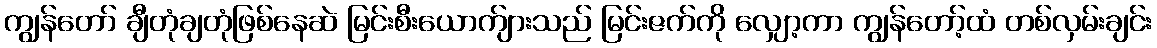
ကျွန်တော် ချီတုံချတုံဖြစ်နေဆဲ မြင်းစီးယောက်ျားသည် မြင်းဇက်ကို လျှော့ကာ ကျွန်တော့်ထံ တစ်လှမ်းချင်း